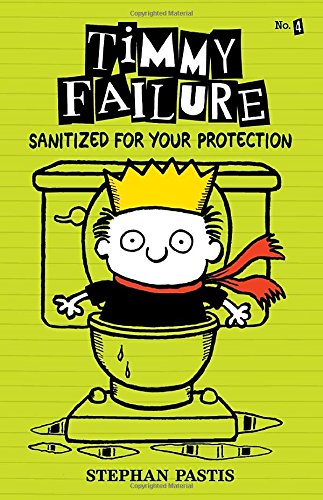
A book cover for Timmy Failure: Sanitized for Your Protection; Stephan Pastis; Children's Books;